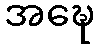
အဍ္ဎေ